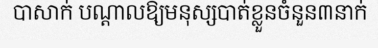
បាសាក់ បណ្តាលឱ្យមនុស្សបាត់ខ្លួនចំនួន៣នាក់